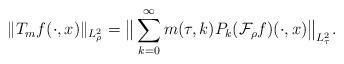
LaTeX: \begin{align*} \|T_m f(\cdot, x)\|_{L^2_\rho}=\big\|\sum_{k=0}^\infty m(\tau, k) P_k(\mathcal F_\rho f)(\cdot, x)\big\|_{L^2_\tau}. \end{align*}